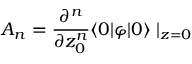
A _ { n } = { \frac { \partial ^ { n } } { \partial z _ { 0 } ^ { n } } } \langle 0 | \varphi | 0 \rangle \left. \right| _ { z = 0 }